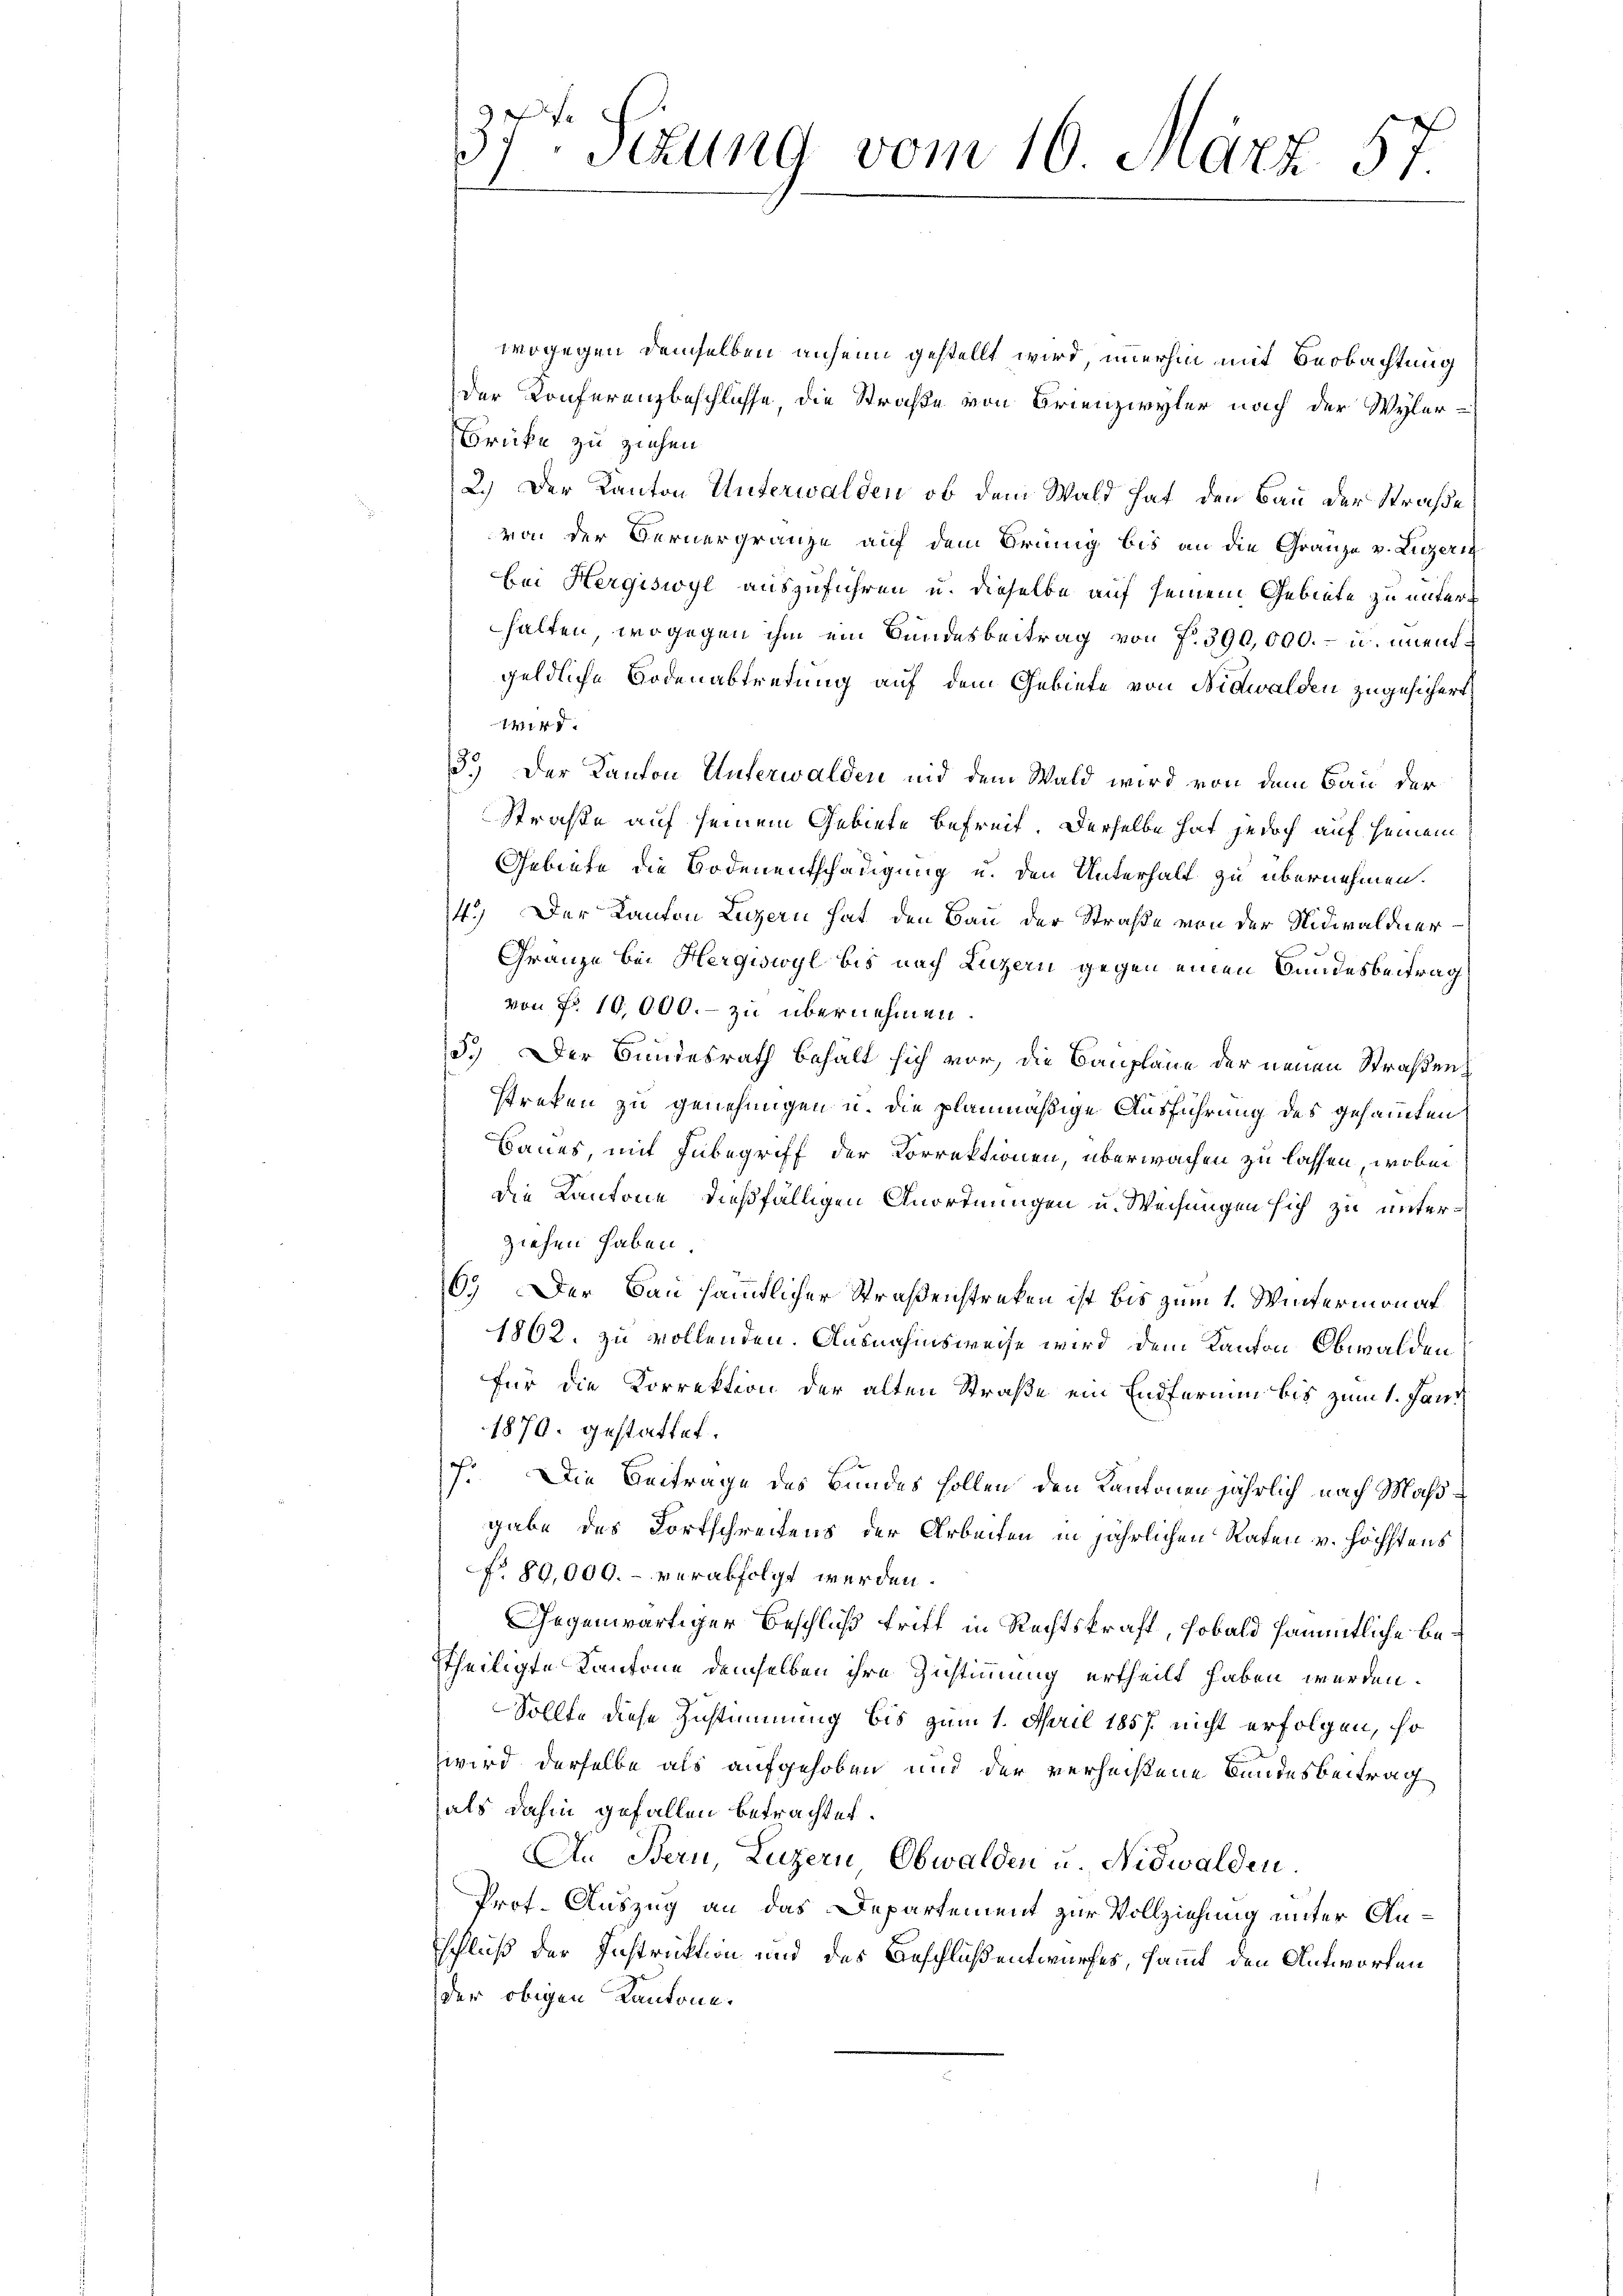
37ten Sekung vom 16. März 57.

wogegen demselben anheim gestellt wird, immerhin mit Beobachtung
der Konferenzbeschlüsse, die Straße von Brienzwyler nach der Wyler-
Brücke zu ziehen.
2.) Der Kanton Unterwalden, ob dem Wald hat den Bau der Straße
von der Bernergränze auf dem Bring bis an die Gränze v. Luzern
bei Hergiswyl auszuführen u. dieselbe auf seinem Gebiete zu unterhalten, wogegen ihm ein Bundesbeitrag von P. 390,000.- u. mentgeldliche Bodenabtretung auf dem Gebiete von Nidwalden zugesichert
414 x
3.) Der Kanton Unterwalden und dem Wald wird von dem Bau der
Strafe auf seinem Gebiete befreit. Derselbe hat jedoch auf seinem
Gebiete die Bodenentschädigung u. den Unterhalt zu übernehmen.
14.) Der Kanton Luzern hat den Bau der Straße von der Nidwaldner
Gränze bei Hergiswyl bis nach Luzern gegen einen Bundesbeitrag
von Nr. 10,000.- zu übernehmen
5.) Der Bundesrath behält sich vor, die Baupläne der neuen Straßen
streken zu genehmigen u. die planmäßige Ausführung des gesammten
Baues, mit Inbegriff der Korrektionen, überwachen zu lassen, wobei
die Kantone dießfälligen Anordnungen u. Weisungen sich zu unterziehen haben.
6.) Der Bau sämtlicher Straßenstreken ist bis zum 1. Wintermonat
1862. zu vollenden. Ausnahmsweise wird dem Kanton Obwalden
für die Korrektion der alten Straße ein Entfernung bis zum 1. Jani
1870. gestattet.
.
Die Beitrage des Bundes sollen den Kantonen jährlich nach Maßgabe des Fortschreitens der Arbeiten in jährlichen Raten v. höchstens
No. 89,000.- verabfolgt werden.
Gegenwärtiger Beschluß trift in Rechtskraft, sobald sämmtliche Betheiligte Kantone demselben ihre Zustimmung ertheilt haben werden.
Sollte diese Zustimmung bis zum 1. April 1857 nicht erfolgen, so
wird derselbe als aufgehoben und der verheißene Bundesbeitrag
als dahin gefallen betrachtet.
An Bern, Luzern Obwalden u. Nidwalden.
Prof. Auszug an das Departement zur Vollziehung unter Anschluß der Instruktion und des Beschluß entwurfes, sammt den Antworten
der obigen Kantone.